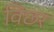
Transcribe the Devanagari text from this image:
विछर